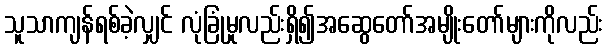
သူသာကျန်ရစ်ခဲ့လျှင် လုံခြုံမှုလည်းရှိ၍အဆွေတော်အမျိုးတော်များကိုလည်း